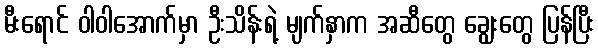
မီးရောင် ဝါဝါအောက်မှာ ဦးသိန်းရဲ့ မျက်နှာက အဆီတွေ ချွေးတွေ ပြန်ပြီး